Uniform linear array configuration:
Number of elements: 8
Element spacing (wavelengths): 0.5
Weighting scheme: exponential
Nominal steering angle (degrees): -15
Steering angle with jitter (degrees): -15.911
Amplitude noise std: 0.05
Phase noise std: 0.05

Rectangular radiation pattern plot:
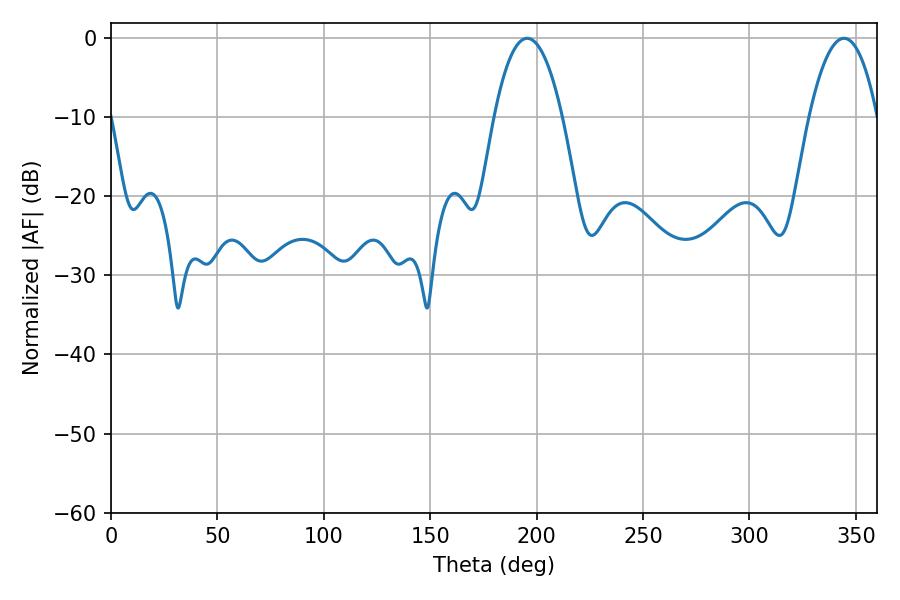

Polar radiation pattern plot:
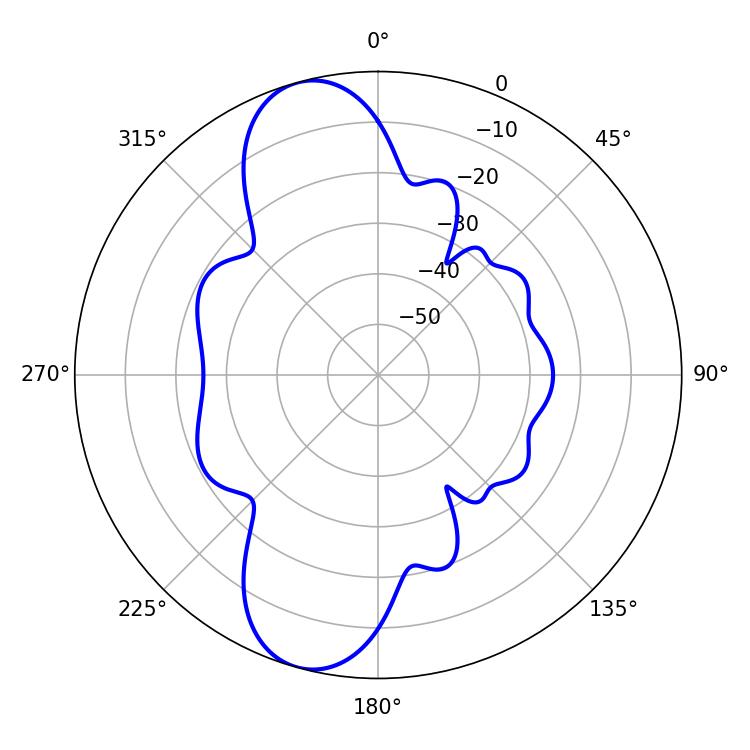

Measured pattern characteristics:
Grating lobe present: FALSE
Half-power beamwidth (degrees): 17.82
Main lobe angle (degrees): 344.52